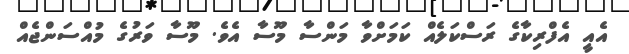
އެއީ އެފްރިކާގެ ރަސްކަލެއް ކަމަށްވާ މަންސާ މޫސާ އެވެ. މޫސާ ވަރުގެ މުއްސަންޖެއް